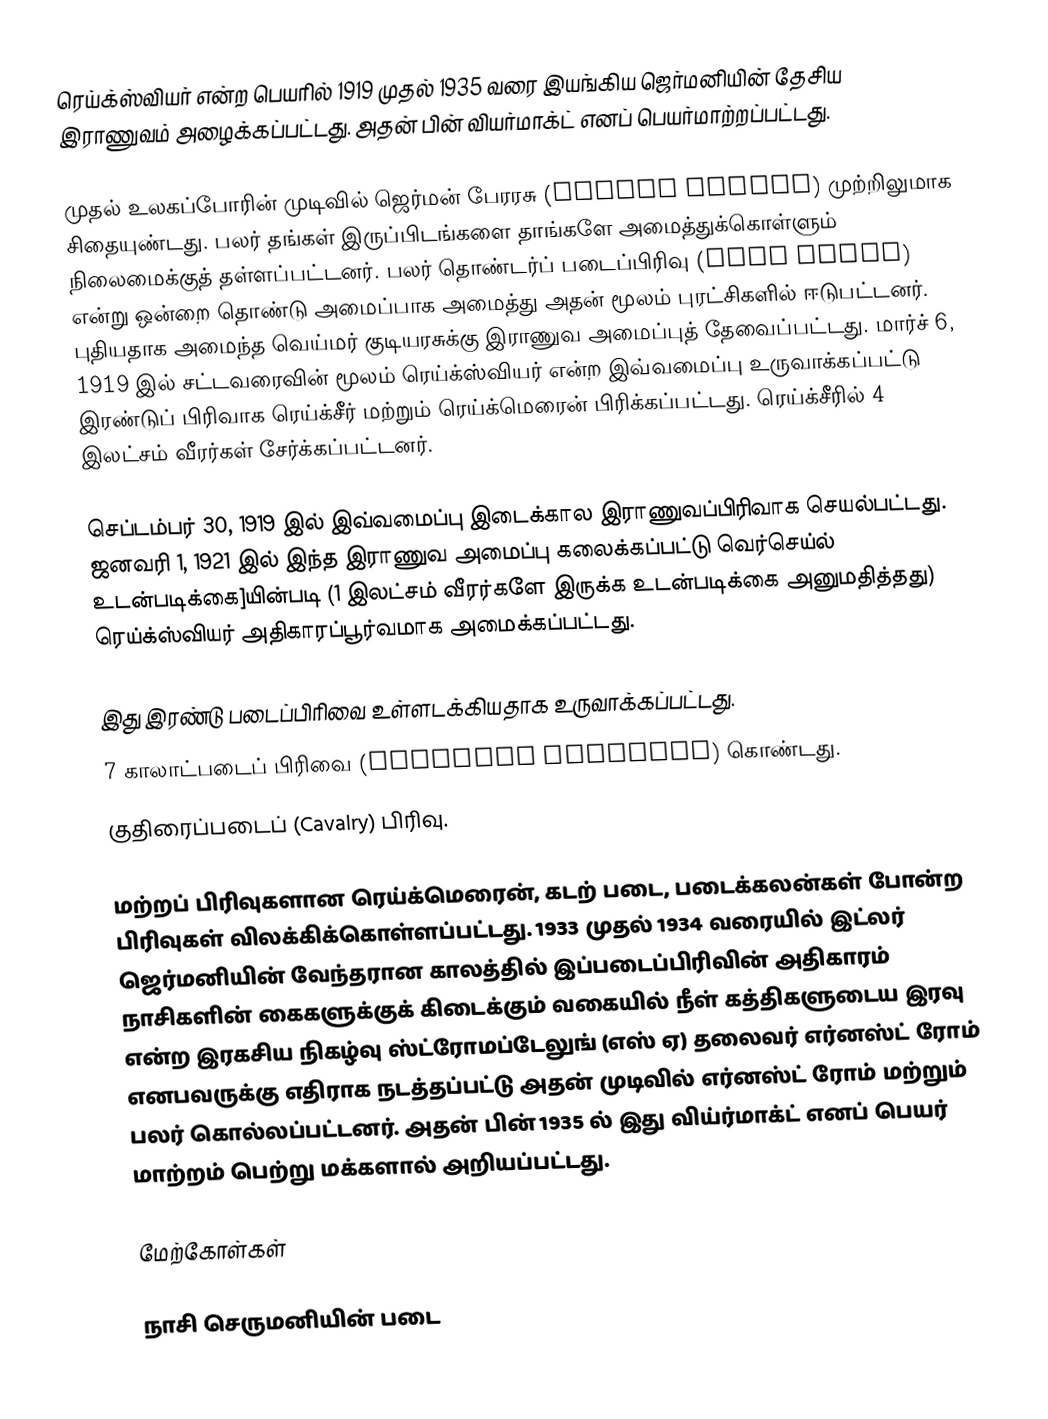
ரெய்க்ஸ்வியர்  என்ற பெயரில் 1919 முதல் 1935 வரை இயங்கிய ஜெர்மனியின் தேசிய இராணுவம் அழைக்கப்பட்டது. அதன் பின் வியர்மாக்ட் எனப் பெயர்மாற்றப்பட்டது.

முதல் உலகப்போரின் முடிவில் ஜெர்மன் பேரரசு (German Empire) முற்றிலுமாக சிதையுண்டது. பலர் தங்கள் இருப்பிடங்களை தாங்களே அமைத்துக்கொள்ளும் நிலைமைக்குத் தள்ளப்பட்டனர். பலர் தொண்டர்ப் படைப்பிரிவு (Free Corps) என்று ஒன்றை தொண்டு அமைப்பாக அமைத்து அதன் மூலம் புரட்சிகளில் ஈடுபட்டனர். புதியதாக அமைந்த வெய்மர் குடியரசுக்கு இராணுவ அமைப்புத் தேவைப்பட்டது. மார்ச் 6, 1919 இல் சட்டவரைவின் மூலம் ரெய்க்ஸ்வியர் என்ற இவ்வமைப்பு உருவாக்கப்பட்டு இரண்டுப் பிரிவாக ரெய்க்சீர் மற்றும் ரெய்க்மெரைன் பிரிக்கப்பட்டது. ரெய்க்சீரில் 4 இலட்சம் வீரர்கள் சேர்க்கப்பட்டனர்.

செப்டம்பர் 30, 1919 இல் இவ்வமைப்பு இடைக்கால இராணுவப்பிரிவாக செயல்பட்டது. ஜனவரி 1, 1921 இல் இந்த இராணுவ அமைப்பு கலைக்கப்பட்டு வெர்செய்ல் உடன்படிக்கை]யின்படி (1 இலட்சம் வீரர்களே இருக்க உடன்படிக்கை அனுமதித்தது) ரெய்க்ஸ்வியர் அதிகாரப்பூர்வமாக அமைக்கப்பட்டது.

இது இரண்டு படைப்பிரிவை உள்ளடக்கியதாக உருவாக்கப்பட்டது.
 7 காலாட்படைப் பிரிவை (Infantry Division) கொண்டது.
 குதிரைப்படைப் (Cavalry) பிரிவு.

மற்றப் பிரிவுகளான ரெய்க்மெரைன், கடற் படை, படைக்கலன்கள் போன்ற பிரிவுகள் விலக்கிக்கொள்ளப்பட்டது. 1933 முதல் 1934 வரையில் இட்லர் ஜெர்மனியின் வேந்தரான காலத்தில் இப்படைப்பிரிவின் அதிகாரம் நாசிகளின் கைகளுக்குக் கிடைக்கும் வகையில் நீள் கத்திகளுடைய இரவு என்ற இரகசிய நிகழ்வு ஸ்ட்ரோமப்டேலுங் (எஸ் ஏ) தலைவர் எர்னஸ்ட் ரோம் எனபவருக்கு எதிராக நடத்தப்பட்டு அதன் முடிவில் எர்னஸ்ட் ரோம் மற்றும் பலர் கொல்லப்பட்டனர். அதன் பின் 1935 ல் இது விய்ர்மாக்ட் எனப் பெயர் மாற்றம் பெற்று மக்களால் அறியப்பட்டது.

மேற்கோள்கள்

நாசி செருமனியின் படை